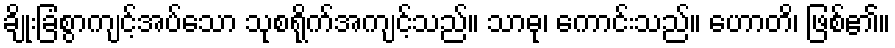
ချိုးခြံစွာကျင့်အပ်သော သုစရိုက်အကျင့်သည်။ သာဓု၊ ကောင်းသည်။ ဟောတိ၊ ဖြစ်၏။